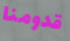
قدومنا